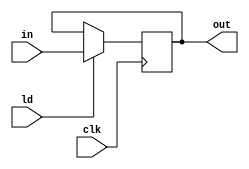
`timescale 1ns/1ns
module register#(parameter size = 8)(input clk, ld,  input [size - 1:0] in, output reg [size-1 : 0] out);

always@(posedge clk)begin
	if(ld)
     		out <= in; 
end
endmodule